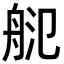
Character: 𦨲